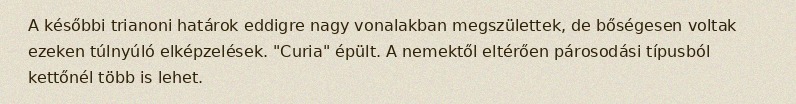
A későbbi trianoni határok eddigre nagy vonalakban megszülettek, de bőségesen voltak ezeken túlnyúló elképzelések. "Curia" épült. A nemektől eltérően párosodási típusból kettőnél több is lehet.